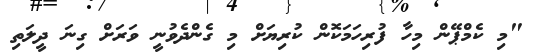
"މި ކެމްޕޭން މިހާ ފުރިހަމަކޮން ކުރިޔަށް މި ގެންދެވުނީ ވަރަށް ގިނަ ދީލަތި